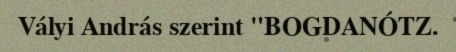
Vályi András szerint "BOGDANÓTZ.